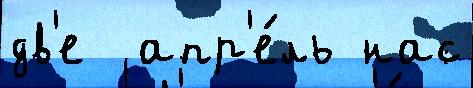
дв'е  апр'е́ль нас